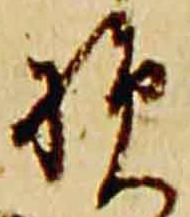
損